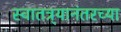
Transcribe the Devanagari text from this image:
स्वातत्र्यानंतरच्या